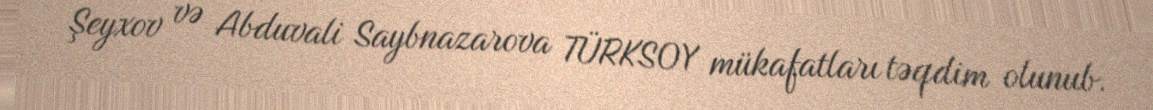
Şeyxov və Abduvali Saybnazarova TÜRKSOY mükafatları təqdim olunub.